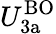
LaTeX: U_{\mathrm{3a}}^{\mathrm{BO}}